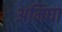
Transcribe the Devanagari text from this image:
अमिघा